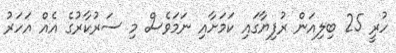
ހުރީ 25 ބިލިއަން ރުފިޔާގައި ކަމަށާއި ނަމަވެސް މި ސަރުކާރުގެ އެއް އަހަރު